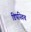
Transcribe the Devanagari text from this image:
डिपस्विच